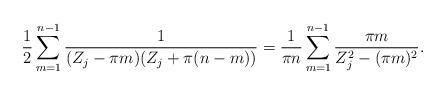
LaTeX: \begin{align*}\frac{1}{2}\sum_{m=1}^{n-1}\frac{1}{(Z_j - \pi m)(Z_j+\pi(n-m))}=\frac{1}{\pi n}\sum_{m=1}^{n-1}\frac{\pi m}{Z_j^2-(\pi m)^2}.\end{align*}